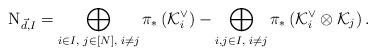
LaTeX: \begin{align*}\textrm{N}_{\vec d, I}= \bigoplus_{i\in I,\,\,j\in [N],\,\, i\ne j}\pi_*\left(\mathcal{K}_i^{\vee}\right)-\bigoplus_{i,j\in I,\,\,i\ne j}\pi_*\left(\mathcal{K}^{\vee}_i \otimes\mathcal{K}_j\right) .\end{align*}